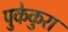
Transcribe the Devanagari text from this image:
पुकेकुरा